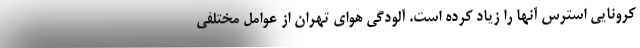
کرونایی استرس آنها را زیاد کرده است. آلودگی هوای تهران از عوامل مختلفی